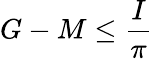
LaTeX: G-M\leq\frac{I}{\pi}